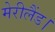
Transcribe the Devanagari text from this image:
मेरीलैंड।